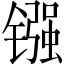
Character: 镪